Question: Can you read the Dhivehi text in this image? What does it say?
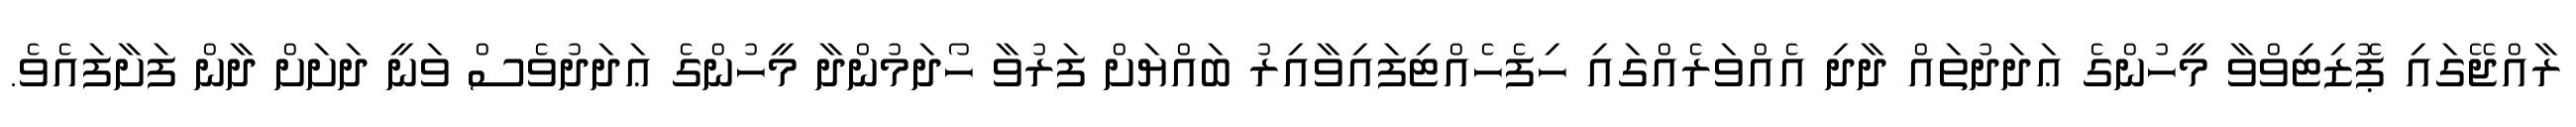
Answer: ރާއްޖޭގައި ޕޮޒިޓިވްވާ މީހުންގެ ޢަދަދުތައް ދާދި އެއްވަރެއްގައި ހިފެހެއްޓިފައިވާއިރު ބައްޔަށް ފަރުވާ ހޯދަމުންދާ މީހުންގެ ޢަދަދުވެސް ވަނީ ދަށަށް ދާން ފަށާފައެވެ.